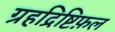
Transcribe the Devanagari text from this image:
ग्रहद्रिष्टिफ़ल